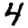
Digit: 4